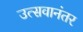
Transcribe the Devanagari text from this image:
उत्सवानंतर